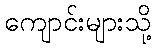
ကျောင်းများသို့